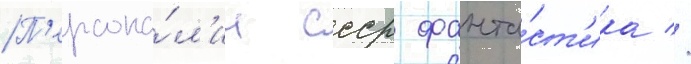
П'ерсона́л'ии ссср фанта́ст'ика //